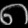
Digit: ၈